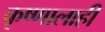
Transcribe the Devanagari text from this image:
कृष्णालाही